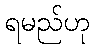
ရမည်ဟု